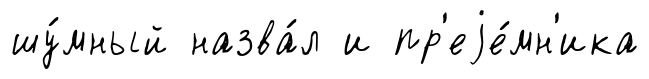
шу́мный назва́л и пр'еjе́мн'ика